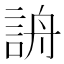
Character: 𧧔